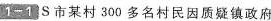
1-1 S市某村300多名村民因质疑镇政府